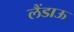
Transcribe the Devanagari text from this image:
लैंडाऊ